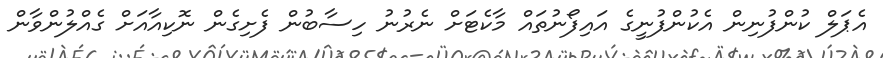
އެޕަލް ކުންފުނިން އެކުންފުނީގެ އައިފޯނުތައް މާކެޓަށް ނެރުނު ހިސާބުން ފެށިގެން ނޮކިއާއަށް ގެއްލުންވާން